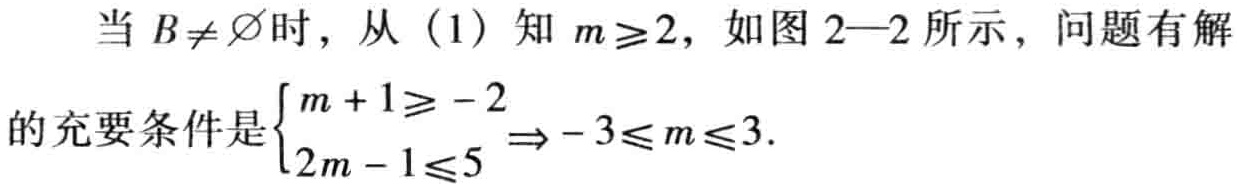
当 \(B\neq \varnothing\) 时，从（1）知 \(m\geq2\)，如图 2—2 所示，问题有解

的充要条件是\(\begin{cases}m + 1\geq - 2\\2m - 1\leq5\end{cases}\Rightarrow - 3\leq m\leq3\).